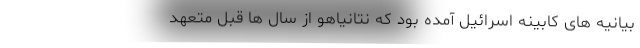
بیانیه های کابینه اسرائیل آمده بود که نتانیاهو از سال ها قبل متعهد